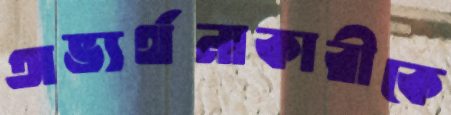
অভ্যর্থনাকারীকে